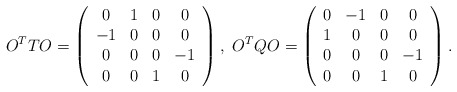
\begin{align*}O^{T} T O = \left( \begin{array}{cccc} 0 & 1 & 0 & 0 \\ -1 & 0 &0 & 0 \\ 0 & 0 & 0 & -1 \\ 0 & 0 & 1 & 0 \end{array} \right), ~ O^{T} Q O = \left( \begin{array}{cccc} 0 & -1 & 0 & 0 \\ 1 & 0 &0 & 0 \\ 0 & 0 & 0 & -1 \\ 0 & 0 & 1 & 0 \end{array} \right).\end{align*}